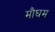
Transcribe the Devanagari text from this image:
मौघम